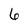
Character: 6